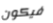
فيكون